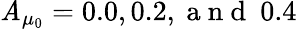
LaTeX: \mathit{A}_{\mu_{0}}=0.0,0.2,\mathrm{{~a~n~d~}}\ 0.4